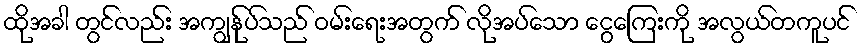
ထိုအခါ တွင်လည်း အကျွန်ုပ်သည် ဝမ်းရေးအတွက် လိုအပ်သော ငွေကြေးကို အလွယ်တကူပင်